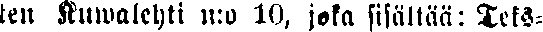
ten Kuwalehti n:o 10, joka sisältää: Teks-